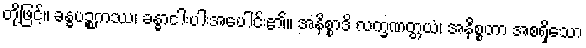
တို့ဖြင့်။ ခန္ဓပဉ္စကဿ၊ ခန္ဓာငါးပါးအပေါင်း၏။ အနိစ္စာဒိ လက္ခဏတ္တယံ၊ အနိစ္စတာ အစရှိသော